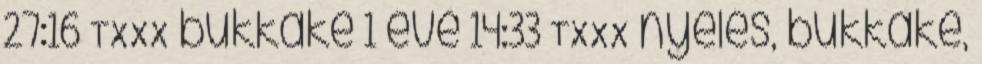
27:16 TXXX bukkake 1 éve 14:33 TXXX nyelés, bukkake,